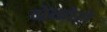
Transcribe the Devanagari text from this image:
दोक्तोरो